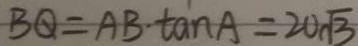
B Q = A B \cdot \tan A = 2 0 \sqrt { 3 }